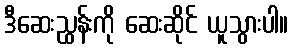
ဒီဆေးညွှန်းကို ဆေးဆိုင် ယူသွားပါ။